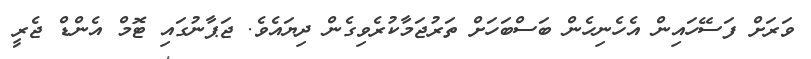
ވަރަށް ފަސޭހައިން އެހެނިހެން ބަސްބަހަށް ތަރުޖަމާކުރެވިގެން ދިޔައެވެ. ޖަޕާނުގައި ޓޮމް އެންޑް ޖެރީ